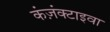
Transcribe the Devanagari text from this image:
कंज़ंक्टाइवा